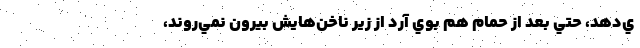
ي‌دهد، حتي بعد از حمام هم بوي آرد از زير ناخن‌هايش بيرون نمي‌روند،